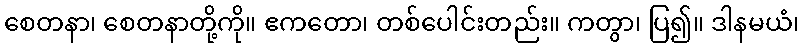
စေတနာ၊ စေတနာတို့ကို။ ဧကတော၊ တစ်ပေါင်းတည်း။ ကတွာ၊ ပြ၍။ ဒါနမယံ၊